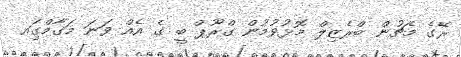
ރޭގެ މެޗުން ބްރެޒިލް މޮޅުވުމުން ގްރޫޕް ބީ ގެ އެއް ވަނަ މަގާމްގަިއ